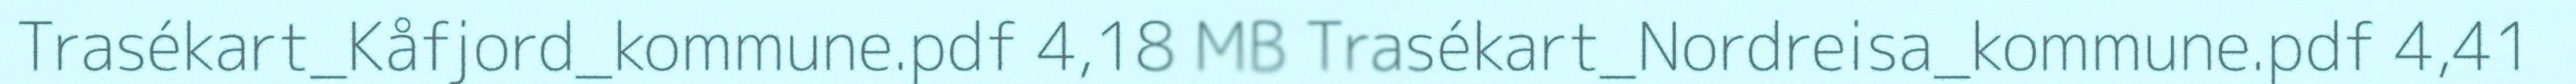
Trasékart_Kåfjord_kommune.pdf 4,18 MB Trasékart_Nordreisa_kommune.pdf 4,41